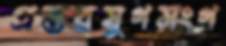
প্রস্তরযুগসংগ